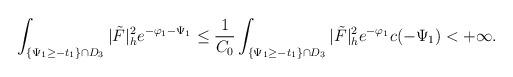
LaTeX: \begin{align*}\int_{\{\Psi_1\ge-t_1\}\cap D_3}|\tilde{F}|^2_he^{-\varphi_1-\Psi_1}\le\frac{1}{C_0}\int_{\{\Psi_1\ge-t_1\}\cap D_3}|\tilde{F}|^2_he^{-\varphi_1}c(-\Psi_1)<+\infty.\end{align*}